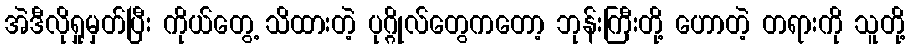
အဲဒီလိုရှုမှတ်ပြီး ကိုယ်တွေ့ သိထားတဲ့ ပုဂ္ဂိုလ်တွေကတော့ ဘုန်းကြီးတို့ ဟောတဲ့ တရားကို သူတို့